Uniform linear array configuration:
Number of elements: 64
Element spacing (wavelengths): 1
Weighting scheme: binomial
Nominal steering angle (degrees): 45
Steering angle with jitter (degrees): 44.849
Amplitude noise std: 0.05
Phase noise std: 0.05

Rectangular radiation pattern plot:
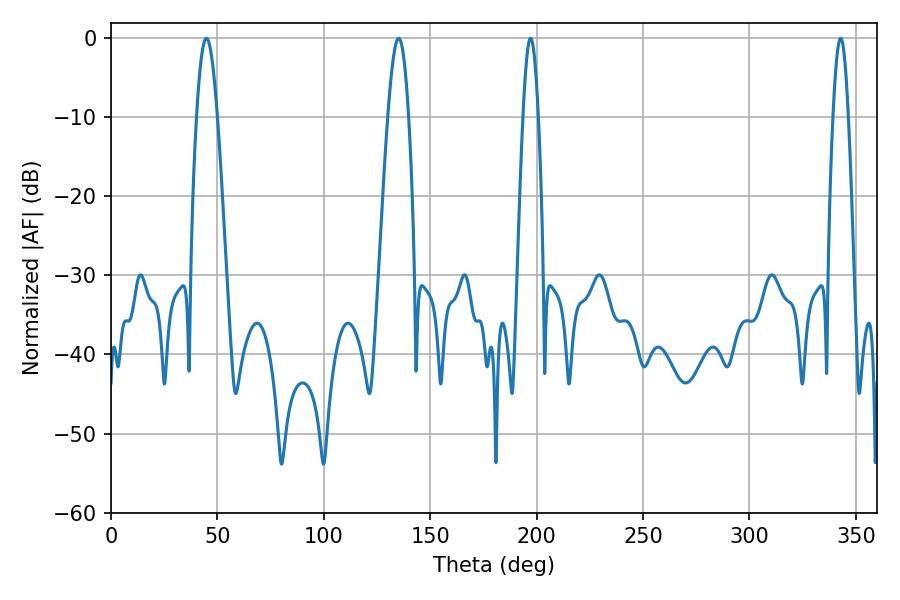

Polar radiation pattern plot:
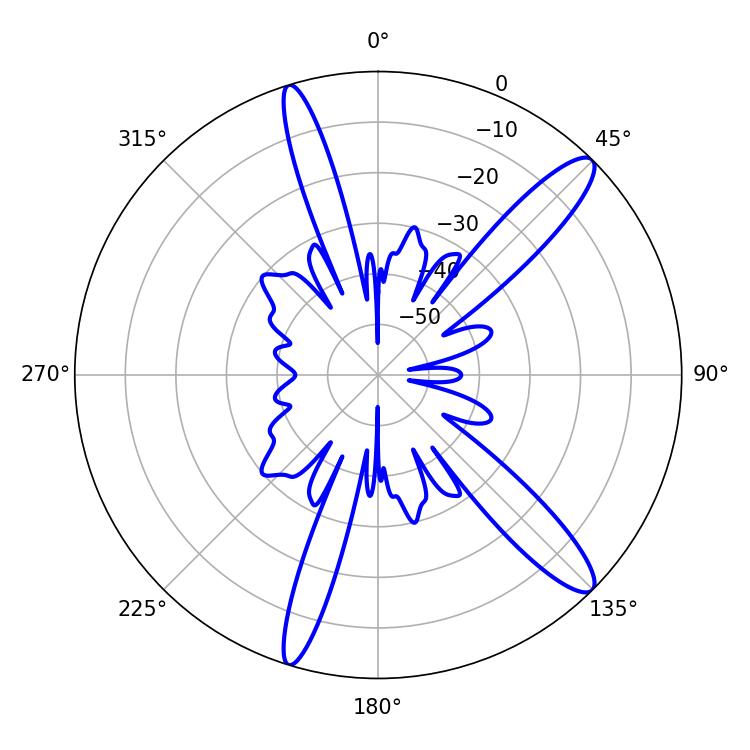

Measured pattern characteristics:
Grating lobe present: TRUE
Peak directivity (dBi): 13.102
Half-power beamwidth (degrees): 5.22
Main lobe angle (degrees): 44.82